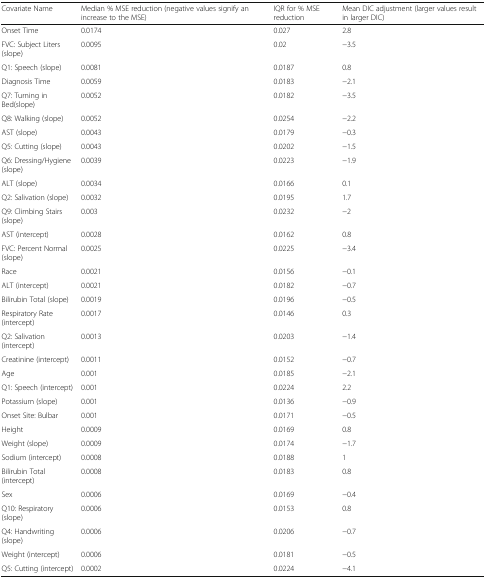
<table><thead><tr><td><b>Covariate Name</b></td><td><b>Median % MSE reduction (negative values signify an increase to the MSE)</b></td><td><b>IQR for % MSE reduction</b></td><td><b>Mean DIC adjustment (larger values result in larger DIC)</b></td></tr></thead><tbody><tr><td>Onset Time</td><td>0.0174</td><td>0.027</td><td>2.8</td></tr><tr><td>FVC: Subject Liters (slope)</td><td>0.0095</td><td>0.02</td><td>−3.5</td></tr><tr><td>Q1: Speech (slope)</td><td>0.0081</td><td>0.0187</td><td>0.8</td></tr><tr><td>Diagnosis Time</td><td>0.0059</td><td>0.0183</td><td>−2.1</td></tr><tr><td>Q7: Turning in Bed(slope)</td><td>0.0052</td><td>0.0182</td><td>−3.5</td></tr><tr><td>Q8: Walking (slope)</td><td>0.0052</td><td>0.0254</td><td>−2.2</td></tr><tr><td>AST (slope)</td><td>0.0043</td><td>0.0179</td><td>−0.3</td></tr><tr><td>Q5: Cutting (slope)</td><td>0.0043</td><td>0.0202</td><td>−1.5</td></tr><tr><td>Q6: Dressing/Hygiene (slope)</td><td>0.0039</td><td>0.0223</td><td>−1.9</td></tr><tr><td>ALT (slope)</td><td>0.0034</td><td>0.0166</td><td>0.1</td></tr><tr><td>Q2: Salivation (slope)</td><td>0.0032</td><td>0.0195</td><td>1.7</td></tr><tr><td>Q9: Climbing Stairs (slope)</td><td>0.003</td><td>0.0232</td><td>−2</td></tr><tr><td>AST (intercept)</td><td>0.0028</td><td>0.0162</td><td>0.8</td></tr><tr><td>FVC: Percent Normal (slope)</td><td>0.0025</td><td>0.0225</td><td>−3.4</td></tr><tr><td>Race</td><td>0.0021</td><td>0.0156</td><td>−0.1</td></tr><tr><td>ALT (intercept)</td><td>0.0021</td><td>0.0182</td><td>−0.7</td></tr><tr><td>Bilirubin Total (slope)</td><td>0.0019</td><td>0.0196</td><td>−0.5</td></tr><tr><td>Respiratory Rate (intercept)</td><td>0.0017</td><td>0.0146</td><td>0.3</td></tr><tr><td>Q2: Salivation (intercept)</td><td>0.0013</td><td>0.0203</td><td>−1.4</td></tr><tr><td>Creatinine (intercept)</td><td>0.0011</td><td>0.0152</td><td>−0.7</td></tr><tr><td>Age</td><td>0.001</td><td>0.0185</td><td>−2.1</td></tr><tr><td>Q1: Speech (intercept)</td><td>0.001</td><td>0.0224</td><td>2.2</td></tr><tr><td>Potassium (slope)</td><td>0.001</td><td>0.0136</td><td>−0.9</td></tr><tr><td>Onset Site: Bulbar</td><td>0.001</td><td>0.0171</td><td>−0.5</td></tr><tr><td>Height</td><td>0.0009</td><td>0.0169</td><td>0.8</td></tr><tr><td>Weight (slope)</td><td>0.0009</td><td>0.0174</td><td>−1.7</td></tr><tr><td>Sodium (intercept)</td><td>0.0008</td><td>0.0188</td><td>1</td></tr><tr><td>Bilirubin Total (intercept)</td><td>0.0008</td><td>0.0183</td><td>0.8</td></tr><tr><td>Sex</td><td>0.0006</td><td>0.0169</td><td>−0.4</td></tr><tr><td>Q10: Respiratory (slope)</td><td>0.0006</td><td>0.0153</td><td>0.8</td></tr><tr><td>Q4: Handwriting (slope)</td><td>0.0006</td><td>0.0206</td><td>−0.7</td></tr><tr><td>Weight (intercept)</td><td>0.0006</td><td>0.0181</td><td>−0.5</td></tr><tr><td>Q5: Cutting (intercept)</td><td>0.0002</td><td>0.0224</td><td>−4.1</td></tr></tbody></table>